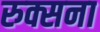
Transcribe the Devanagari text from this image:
रुक्सना